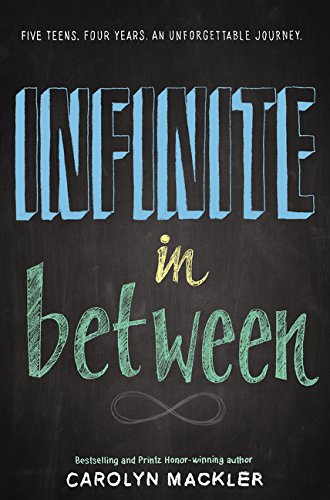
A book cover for Infinite in Between; Carolyn Mackler; Teen & Young Adult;